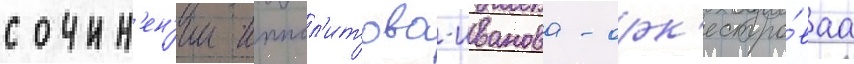
сочин'ен'ии иппол'итова-иванова - орк'естро́ваа